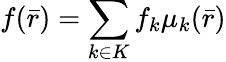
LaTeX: f({\bar{r}})=\sum_{k\in K}f_{k}\mu_{k}({\bar{r}})